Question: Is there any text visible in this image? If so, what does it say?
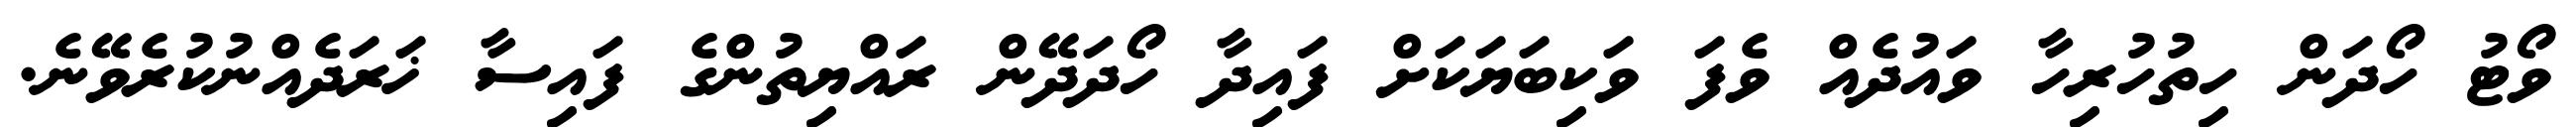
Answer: ވޯޓު ހޯދަން ހިތުހުރިހާ ވައުދެއް ވެފަ ވަކިބަޔަކަށް ފައިދާ ހޯދަދޭން ރައްޔިތުންގެ ފައިސާ ޚަރަދެއްނުކުރެވޭނެ.